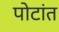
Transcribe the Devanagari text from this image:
पोटांत